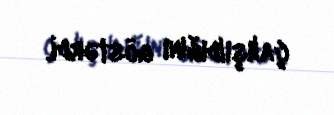
çalışıldığını göstərdi.